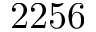
2 2 5 6